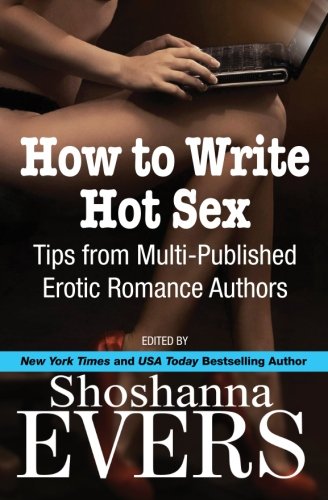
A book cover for How to Write Hot Sex: Tips from Multi-Published Erotic Romance Authors; Shoshanna Evers; Romance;